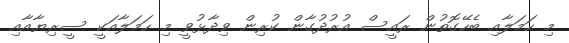
މި ހަމަލާއި ބެހޭގޮތުން ރައީސް އުރުދުގާން ކުރިން ވިދާޅުވީ މި ހަމަލާއަކީ ސީރިޔާއާއި